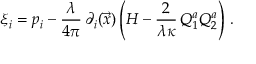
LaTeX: \xi _ { i } = p _ { i } - { \frac { \lambda } { 4 \pi } } \, \partial _ { i } ( \vec { x } ) \left( H - { \frac { 2 } { \lambda \kappa } } \, Q _ { 1 } ^ { a } Q _ { 2 } ^ { a } \right) \, .